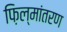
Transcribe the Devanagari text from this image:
फ़िल्मांतरण